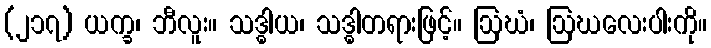
(၂၁၇) ယက္ခ၊ ဘီလူး။ သဒ္ဓါယ၊ သဒ္ဓါတရားဖြင့်။ ဩဃံ၊ ဩဃလေးပါးကို။